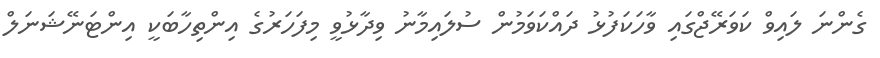
ގެންނަ ލައިވް ކަވަރޭޖްގައި ވާހަކަފުޅު ދައްކަވަމުން ސުލައިމާނު ވިދާޅުވީ މިފަހަރުގެ އިންތިހާބަކީ އިންޓަނޭޝަނަލް